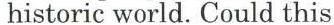
historic world. Could this